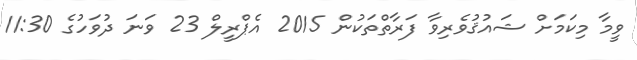
ވީމާ މިކަމަށް ޝައުޤުވެރިވާ ފަރާތްތަކުން 2015 އެޕްރީލް 23 ވަނަ ދުވަހުގެ 11:30